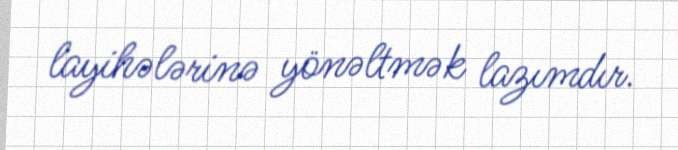
layihələrinə yönəltmək lazımdır.